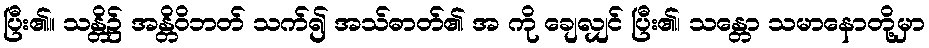
ပြီး၏။ သန္တိ၌ အန္တိဝိဘတ် သက်၍ အသ်ဓာတ်၏ အ ကို ချေလျှင် ပြီး၏၊ သန္တော သမာနောတို့မှာ